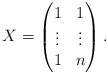
\begin{align*}X=\begin{pmatrix}1 & 1 \\\vdots & \vdots \\1 & n\end{pmatrix}.\end{align*}